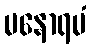
မနောရမံ